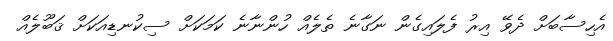
އެހިސާބަށް ދެވޭ އިރު ފެލައިގެން ނަގާނެ ތެލެއް ހުންނާނެ ކަމަކަށް ސިކުނޑިއަކަށް ޤަބޫލެއް